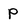
Character: P